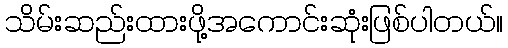
သိမ်းဆည်းထားဖို့အကောင်းဆုံးဖြစ်ပါတယ်။